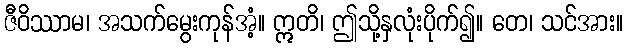
ဇီဝိဿာမ၊ အသက်မွေးကုန်အံ့။ ဣတိ၊ ဤသို့နှလုံးပိုက်၍။ တေ၊ သင်အား။